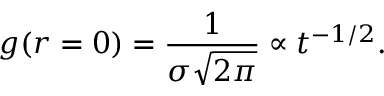
g ( r = 0 ) = \frac { 1 } { \sigma \sqrt { 2 \pi } } \propto t ^ { - 1 / 2 } .